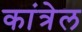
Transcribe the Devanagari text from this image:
कांत्रेल